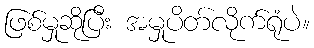
ဖြစ်မှုဆိုပြီး အမှုပိတ်လိုက်ရုံပဲ။